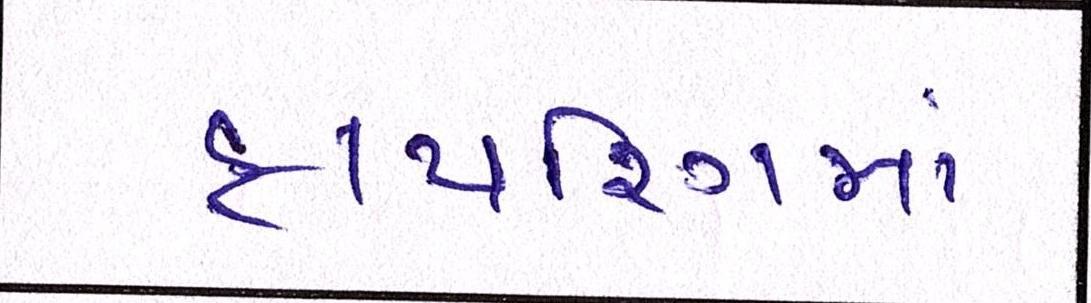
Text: ફાયરિંગમાં